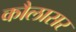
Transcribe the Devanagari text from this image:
कौलासर